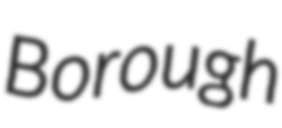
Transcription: Borough